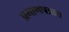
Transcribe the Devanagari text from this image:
प्रमाणपत्रात